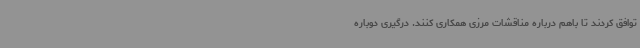
توافق کردند تا باهم درباره مناقشات مرزی همکاری کنند. درگیری‌ دوباره